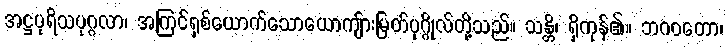
အဋ္ဌပုရိသပုဂ္ဂလာ၊ အကြင်ရှစ်ယောက်သောယောကျ်ားမြတ်ပုဂ္ဂိုလ်တို့သည်။ သန္တိ၊ ရှိကုန်၏။ ဘဂဝတော၊